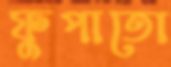
ফুপাতো